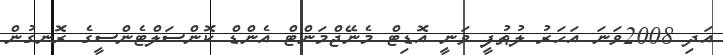
އަދި 2008ވަނަ އަހަރު ލުޠުފީ ވަނީ އޮޑިޓް މެނޭޖްމަންޓް އެންޑް ކޮންސަލްޓެންސީގެ ރޮނގުން